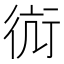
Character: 䘕